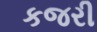
કજરી